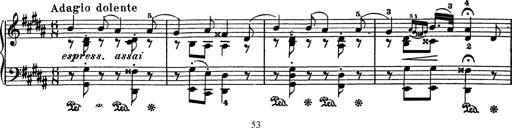
Title: AnnÃ©es de pÃ¨lerinage I
Composer: Franz Liszt